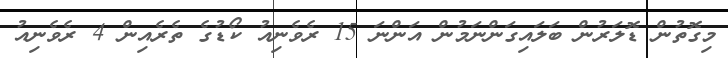
މިގޮތުން ޑޮލަރުން ބަލައިގަންނަމުން އަންނަ 15 ރެވެނިއު ކޯޑުގެ ތެރެއިން 4 ރެވެނިއު